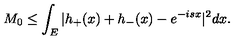
M _ { 0 } \leq \int _ { E } | h _ { + } ( x ) + h _ { - } ( x ) - e ^ { - i s x } | ^ { 2 } d x .